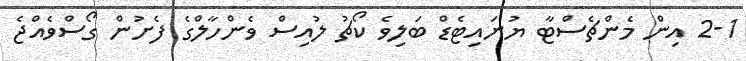
2-1 އިން މެންޗެސްޓާ ޔުނައިޓެޑް ބަލިވެ ކޯޗު ލުއިސް ވެންހާލްގެ ފެށުން ގޯސްވެއްޖެ